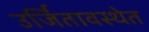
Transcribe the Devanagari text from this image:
उर्जितावस्थेत